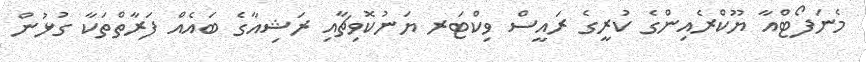
މެނަފޯޓްއާ ޔޫކްރެއިންގެ ކުރީގެ ރައީސް ވިކްޓަރ ޔަނުކޮވިޗާއި ރަޝިއާގެ ބައެއް ފަރާތްތަކާ ގުޅުން